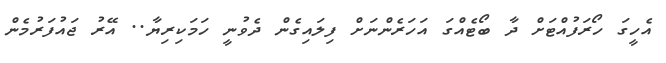
އެހީގަ ހޯރަފުއްޓަށް ދާ ބޯޓެއްގަ އަހަރެންނަށް ފިލައިގެން ދެވުނީ ހަމަކިރިޔާ.. އޭރު ޖައުފަރުމެން